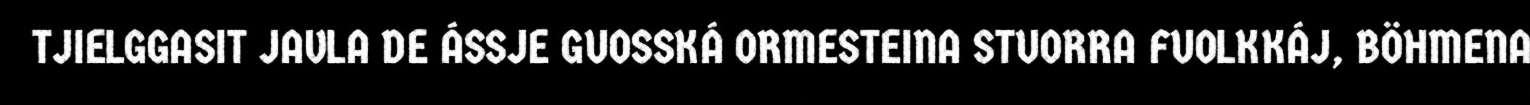
TJIELGGASIT JAVLA DE ÁSSJE GUOSSKÁ ORMESTEINA STUORRA FUOLKKÁJ, BÖHMENA